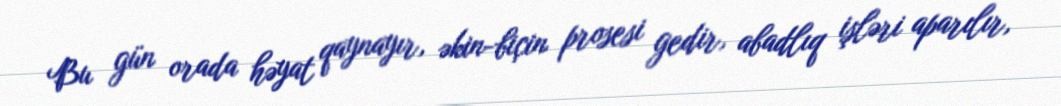
Bu gün orada həyat qaynayır, əkin-biçin prosesi gedir, abadlıq işləri aparılır,